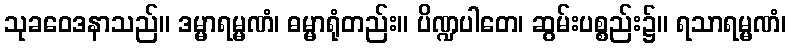
သုခဝေဒနာသည်။ ဒမ္မာရမ္မဏံ၊ ဓမ္မာရုံတည်း။ ပိဏ္ဍပါတေ၊ ဆွမ်းပစ္စည်း၌။ ရသာရမ္မဏံ၊